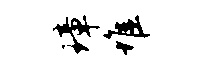
璋堆